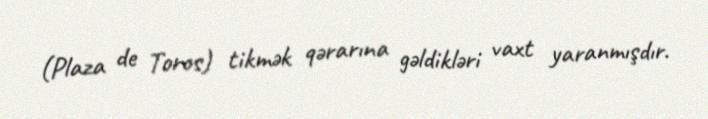
(Plaza de Toros) tikmək qərarına gəldikləri vaxt yaranmışdır.